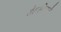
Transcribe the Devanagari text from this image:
तेहमिनाने